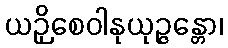
ယဉှိစေဝါနုယုဉ္ဇန္တော၊